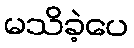
မသိခဲ့ပေ